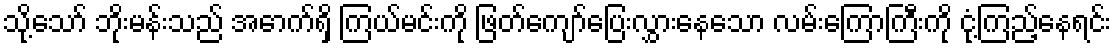
သို့သော် ဘိုးမန်းသည် အောက်ရှိ ကြယ်မင်းကို ဖြတ်ကျော်ပြေးလွှားနေသော လမ်းကြောကြီးကို ငုံ့ကြည့်နေရင်း